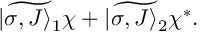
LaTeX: \widetilde { | \sigma , J \rangle _ { 1 } } \chi + \widetilde { | \sigma , J \rangle _ { 2 } } \chi ^ { * } .